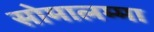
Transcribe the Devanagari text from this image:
सोमालम्मा